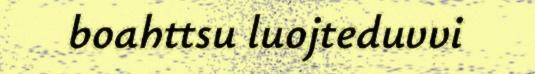
boahttsu luojteduvvi